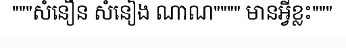
"""សំនឿន សំនៀង ណាណ"""" មានអ្វីខ្លះ"""